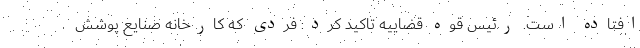
افتاده است. رئیس قوه قضاییه تاکید کرد: فردی که کارخانه صنایع پوشش